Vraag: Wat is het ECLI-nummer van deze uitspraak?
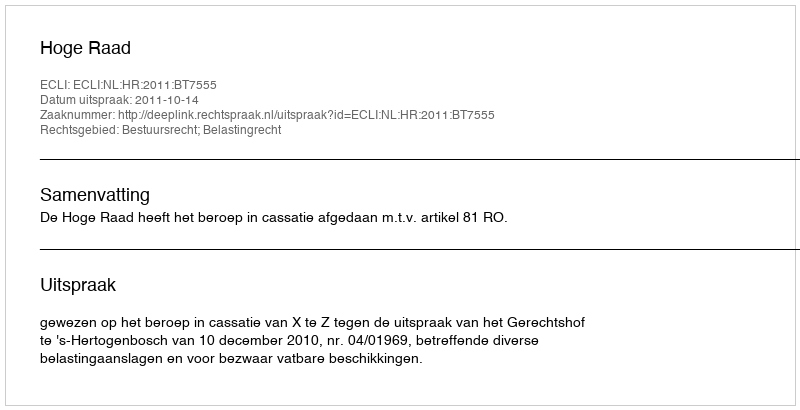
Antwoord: ECLI:NL:HR:2011:BT7555